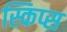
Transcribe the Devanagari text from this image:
स्किप्स